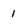
Character: 1